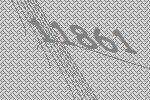
11861